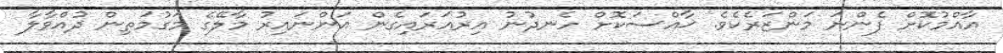
އާއްމުކޮށް ފެންނަ މަންޒަރެކެވެ. ޚާއްސަކޮށް ހެނދުނު އިރުއަރައިގެން އަންނައިރު މާލޭގެ މަގުމަތިން ދުއްވާލާ